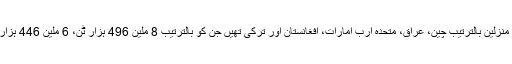
لطیفی نے کہا کہ رواں سال کے چار ابتدائی مہینوں کے دوران، ایرانی مصنوعات کی برآمدات کی اہم منزلین بالترتیب چین، عراق، متحدہ ارب امارات، افغانستان اور ترکی تھیں جن کو بالترتیب 8 ملین 496 ہزار ٹن، 6 ملین 446 ہزار ٹن، 4 ملین 625 ہزار ٹن، 2 ملین 115 ہزار ٹن اور 843 ہزار ٹن مصنوعات کی برآمدات ہوئی ہیں۔